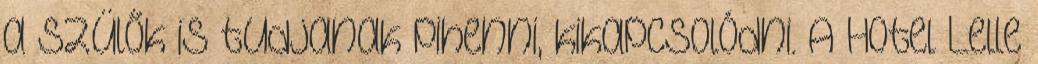
a szülők is tudjanak pihenni, kikapcsolódni. A Hotel Lelle